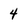
Character: 4